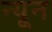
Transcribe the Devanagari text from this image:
न्‍यून